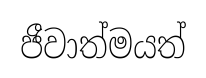
ජීවාත්මයත්